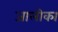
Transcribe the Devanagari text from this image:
जालीका